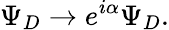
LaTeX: \Psi_{D}\to e^{i\alpha}\Psi_{D}.